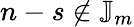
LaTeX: {n-s}\notin\mathbb{J}_{m}